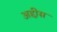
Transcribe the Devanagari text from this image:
अद्दीस